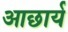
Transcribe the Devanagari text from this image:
आछार्य